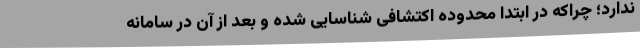
ندارد؛ چراکه در ابتدا محدوده اکتشافی شناسایی شده و بعد از آن در سامانه